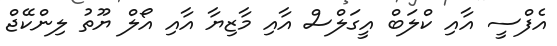
އެފްސީ އާއި ކްލަބް އީގަލްސް އާއި މާޒިޔާ އާއި އޯލް ޔޫތު ލިންކޭޖް